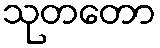
သုတတော